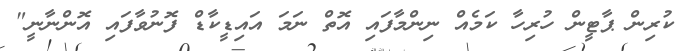
ކުރިން ޕާޓީން ހުރިހާ ކަމެއް ނިންމާފައި އޮތް ނަމަ އައިޑީކާޑް ފޮނުވާފައި އޮންނާނީ"